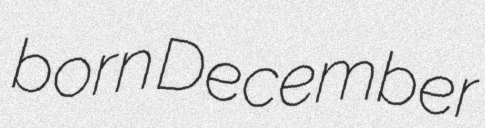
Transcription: born December